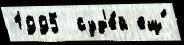
1995  суд'е́й ещ́